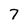
Character: 7